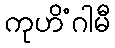
ကုဟိံဂါမီ